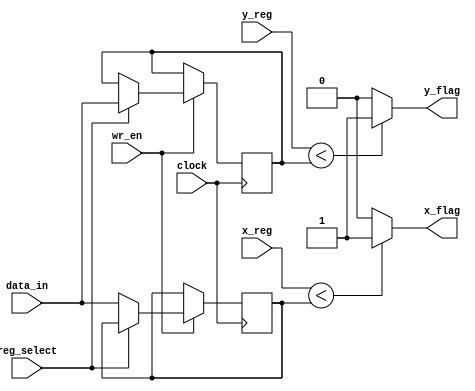
module flag (
	input clock,
	input [15:0]x_reg, // Input from the X register 
	input [15:0]y_reg, // Input from the Y register
	input [15:0]data_in,  // immediate data from instructions
	input wr_en,reg_select, //write enable and register select
	output x_flag,     // high if X<128
	output y_flag      // high if Y<128
);
reg [15:0] x_comp, y_comp;

always @ (negedge clock) begin 
	if (wr_en==1) begin 
		if (reg_select==1)
			y_comp<=data_in;
		else
			x_comp<=data_in;
	end
end

assign x_flag = (x_reg<x_comp)? 1:0 ; //127 for 256 image 5 for 11 image
assign y_flag = (y_reg<y_comp)? 1:0 ;

endmodule